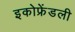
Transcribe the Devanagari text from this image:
इकोफ्रेंडली